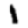
Digit: 1